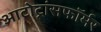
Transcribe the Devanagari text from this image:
आटोट्रांसफॉर्मर